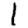
Digit: 1